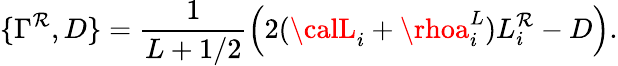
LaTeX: \{ \Gamma^{\mathcal{R}},D\} =\frac{{1}}{{L+1/2}}\left(2({\calL}_{i}+\rhoa_{i}^{L})L_{i}^{\mathcal{R}}-D\right).